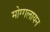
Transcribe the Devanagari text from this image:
मोग्गलायन